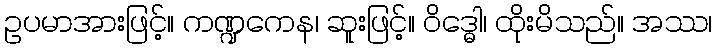
ဥပမာအားဖြင့်။ ကဏ္ဍကေန၊ ဆူးဖြင့်။ ဝိဒ္ဓေါ၊ ထိုးမိသည်။ အဿ၊